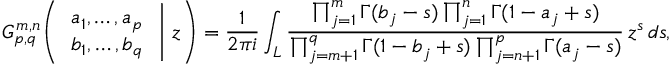
G _ { p , q } ^ { \, m , n } \! \left( \left. { \begin{array} { l } { a _ { 1 } , \dots , a _ { p } } \\ { b _ { 1 } , \dots , b _ { q } } \end{array} } \; \right| \, z \right) = { \frac { 1 } { 2 \pi i } } \int _ { L } { \frac { \prod _ { j = 1 } ^ { m } \Gamma ( b _ { j } - s ) \prod _ { j = 1 } ^ { n } \Gamma ( 1 - a _ { j } + s ) } { \prod _ { j = m + 1 } ^ { q } \Gamma ( 1 - b _ { j } + s ) \prod _ { j = n + 1 } ^ { p } \Gamma ( a _ { j } - s ) } } \, z ^ { s } \, d s ,